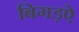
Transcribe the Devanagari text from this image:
बिगड़ऐ